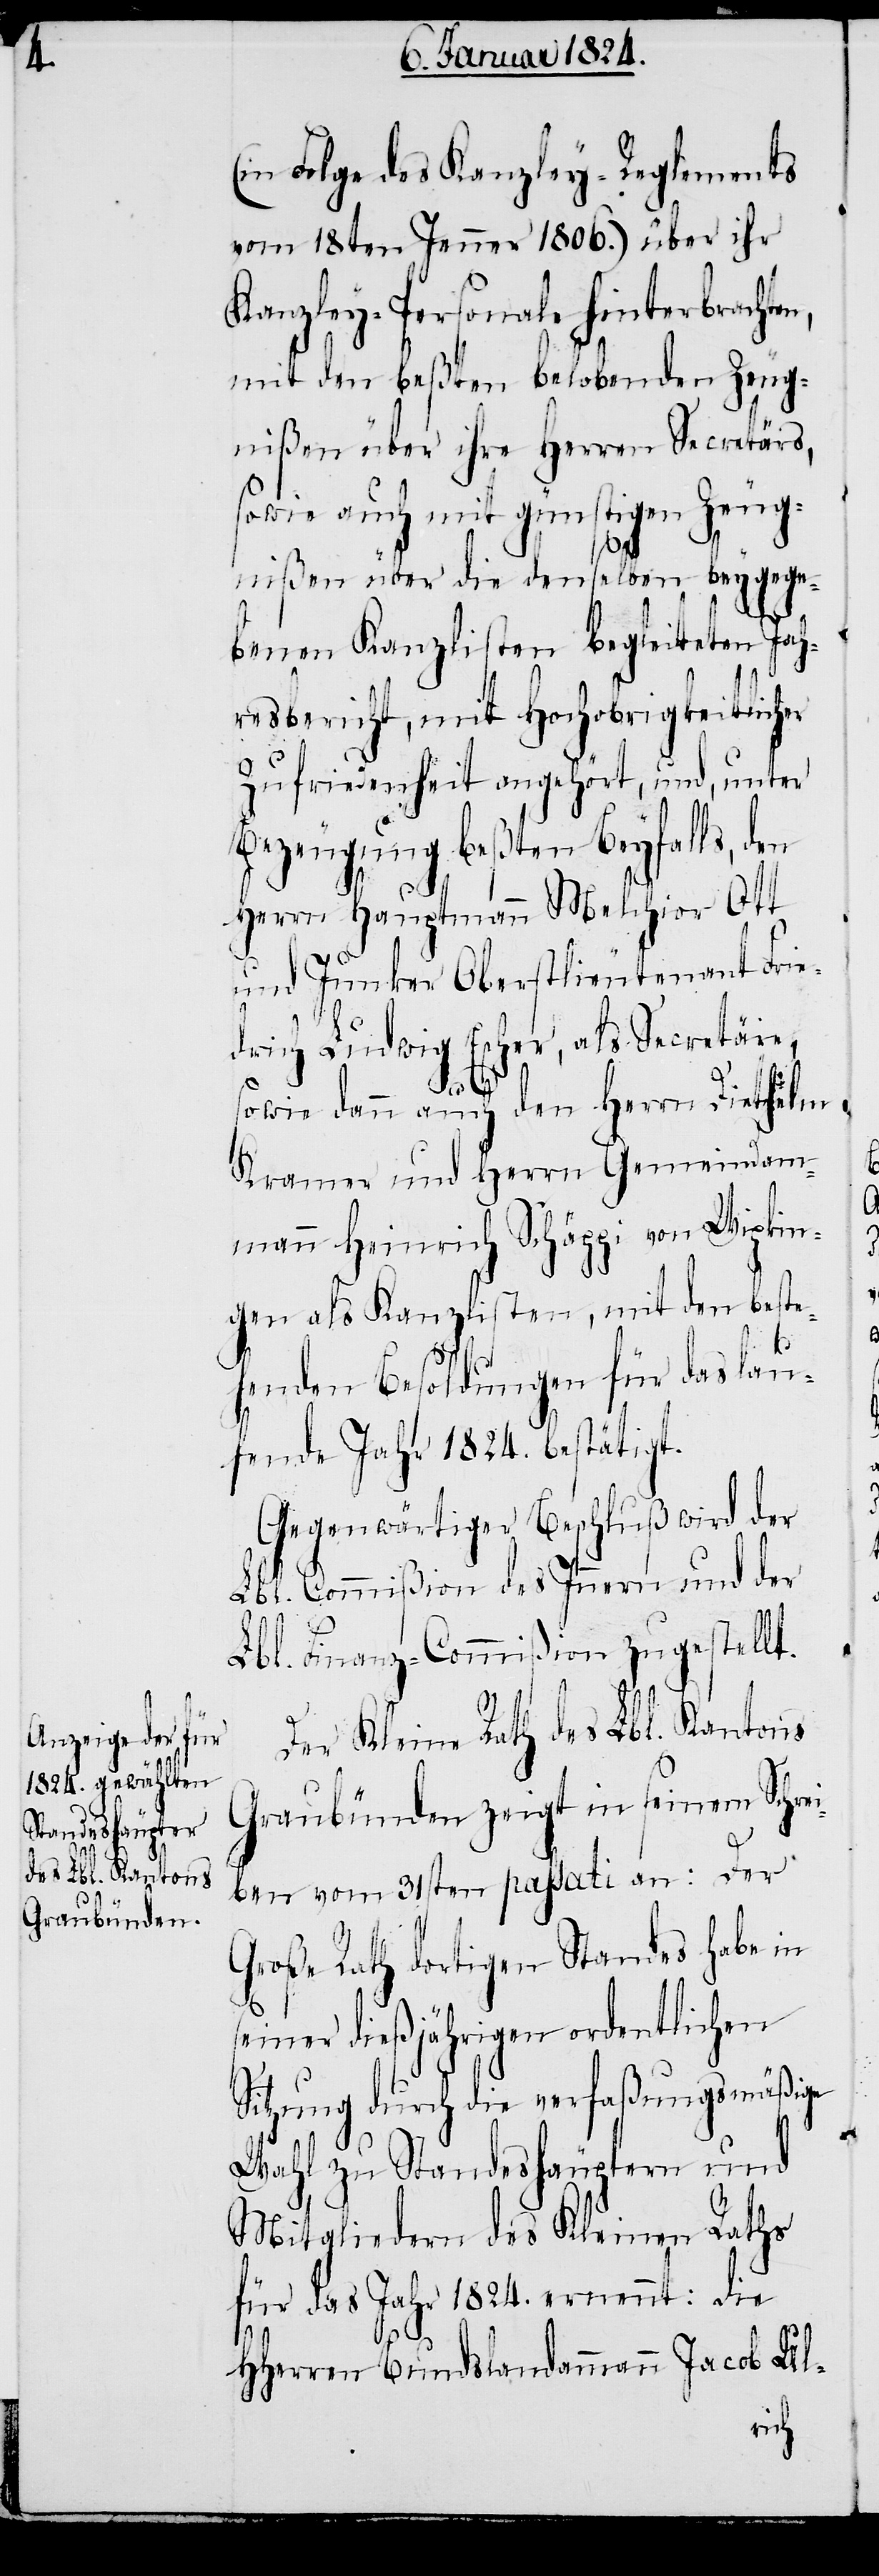
n,

(in Folge des Kanzley-Reglements
vom 18ten Jenner 1806.) über ihr
Kanzley-Personale hinterbrachte¬
mit den beßten belobenden Zeug¬
nißen über ihre Herren Secretärs,
sowie auch mit günstigen Zeug¬
nißen über die denselben beygege¬
benen Kanzlisten begleiteten Jah¬
resbericht, mit Hochobrigkeitlicher
Zufriedenheit angehört, und, unter
Bezeugung beßten Beyfalls, den
Herrn Hauptmann Melchior Ott
und Junker Oberstlieutenant Frie¬
drich Ludwig Escher, als Secretäir,
sowie dann auch den Herrn Diethelm
Kramer und Herrn Gemeindam¬
mann Heinrich Schäppi von Wipkin¬
gen als Kanzlisten, mit den beste¬
henden Besoldungen für das lau¬
fende Jahr 1824. bestätigt.
Gegenwärtiger Beschluß wird der
Lbl. Commißion des Innern und der
Lbl. Finanz-Commißion zugestellt.
Der Kleine Rath des Lbl. Kantons
Graubünden zeigt in seinem Schrei¬
ben vom 31sten passati an: Der
Große Rath dortigen Standes habe in
seiner dießjährigen ordentlichen
Sitzung durch die verfaßungsmäßige
Wahl zu Standeshäuptern und
Mitgliedern des Kleinen Raths
für das Jahr 1824. ernennt: die
HHerren Bundesamann Jacob Ul-